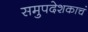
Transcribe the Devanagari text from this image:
समुपदेशकाचं